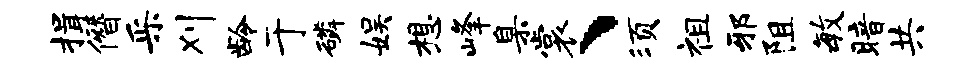
揖僭采刈龄于磷娱想峰臬裳、须祖邪阻毓暗共